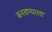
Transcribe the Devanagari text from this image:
बनवण्याला